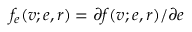
f _ { e } ( v ; e , r ) = \partial f ( v ; e , r ) / \partial e